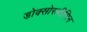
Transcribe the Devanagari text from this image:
डोक्सोरुबीसिन